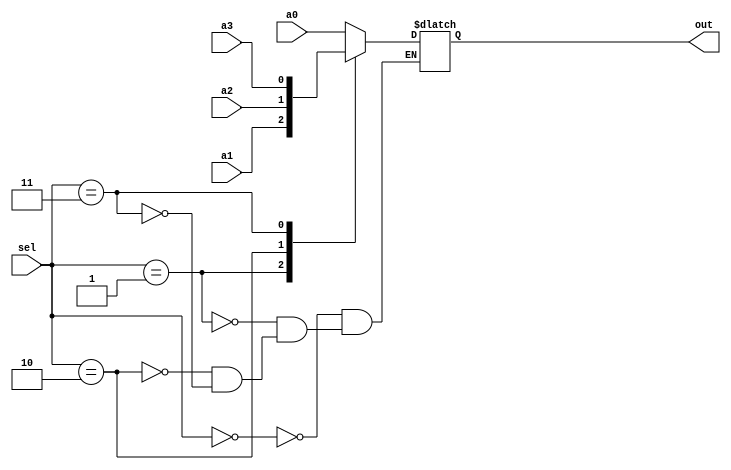
module mux4x1_casex(
    input  a0, a1, a2, a3,
    input [2:0] sel,
    output reg out 
       );
       
       always @ (a0 or a1 or a2 or a3 or sel)
            casez(sel)
                2'b000: out = a0;
                2'b001: out = a1;
                2'b010: out = a2;
                2'b011: out = a3;
                2'b0xx: out = 0;
             endcase                  

endmodule